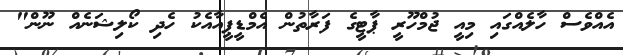
އެއްވެސް ހާލެއްގައި މިއީ ޖުމްހޫރީ ޕާޓީގެ ފަރާތުން އެމްޑީޕީއާއެކު ހެދި ކޯލިޝަނެއް ނޫން"